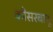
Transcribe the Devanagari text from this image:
कौसरबानू